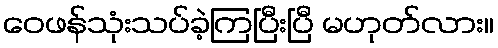
ဝေဖန်သုံးသပ်ခဲ့ကြပြီးပြီ မဟုတ်လား။